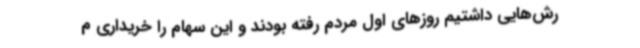
رش‌هایی داشتیم روزهای اول مردم رفته بودند و این سهام را خریداری م